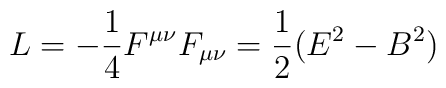
L=-\frac{1}{4}F^{\mu\nu}F_{\mu\nu}=\frac{1}{2}(E^2-B^2)